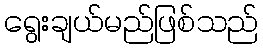
ရွေးချယ်မည်ဖြစ်သည်